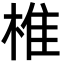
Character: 椎